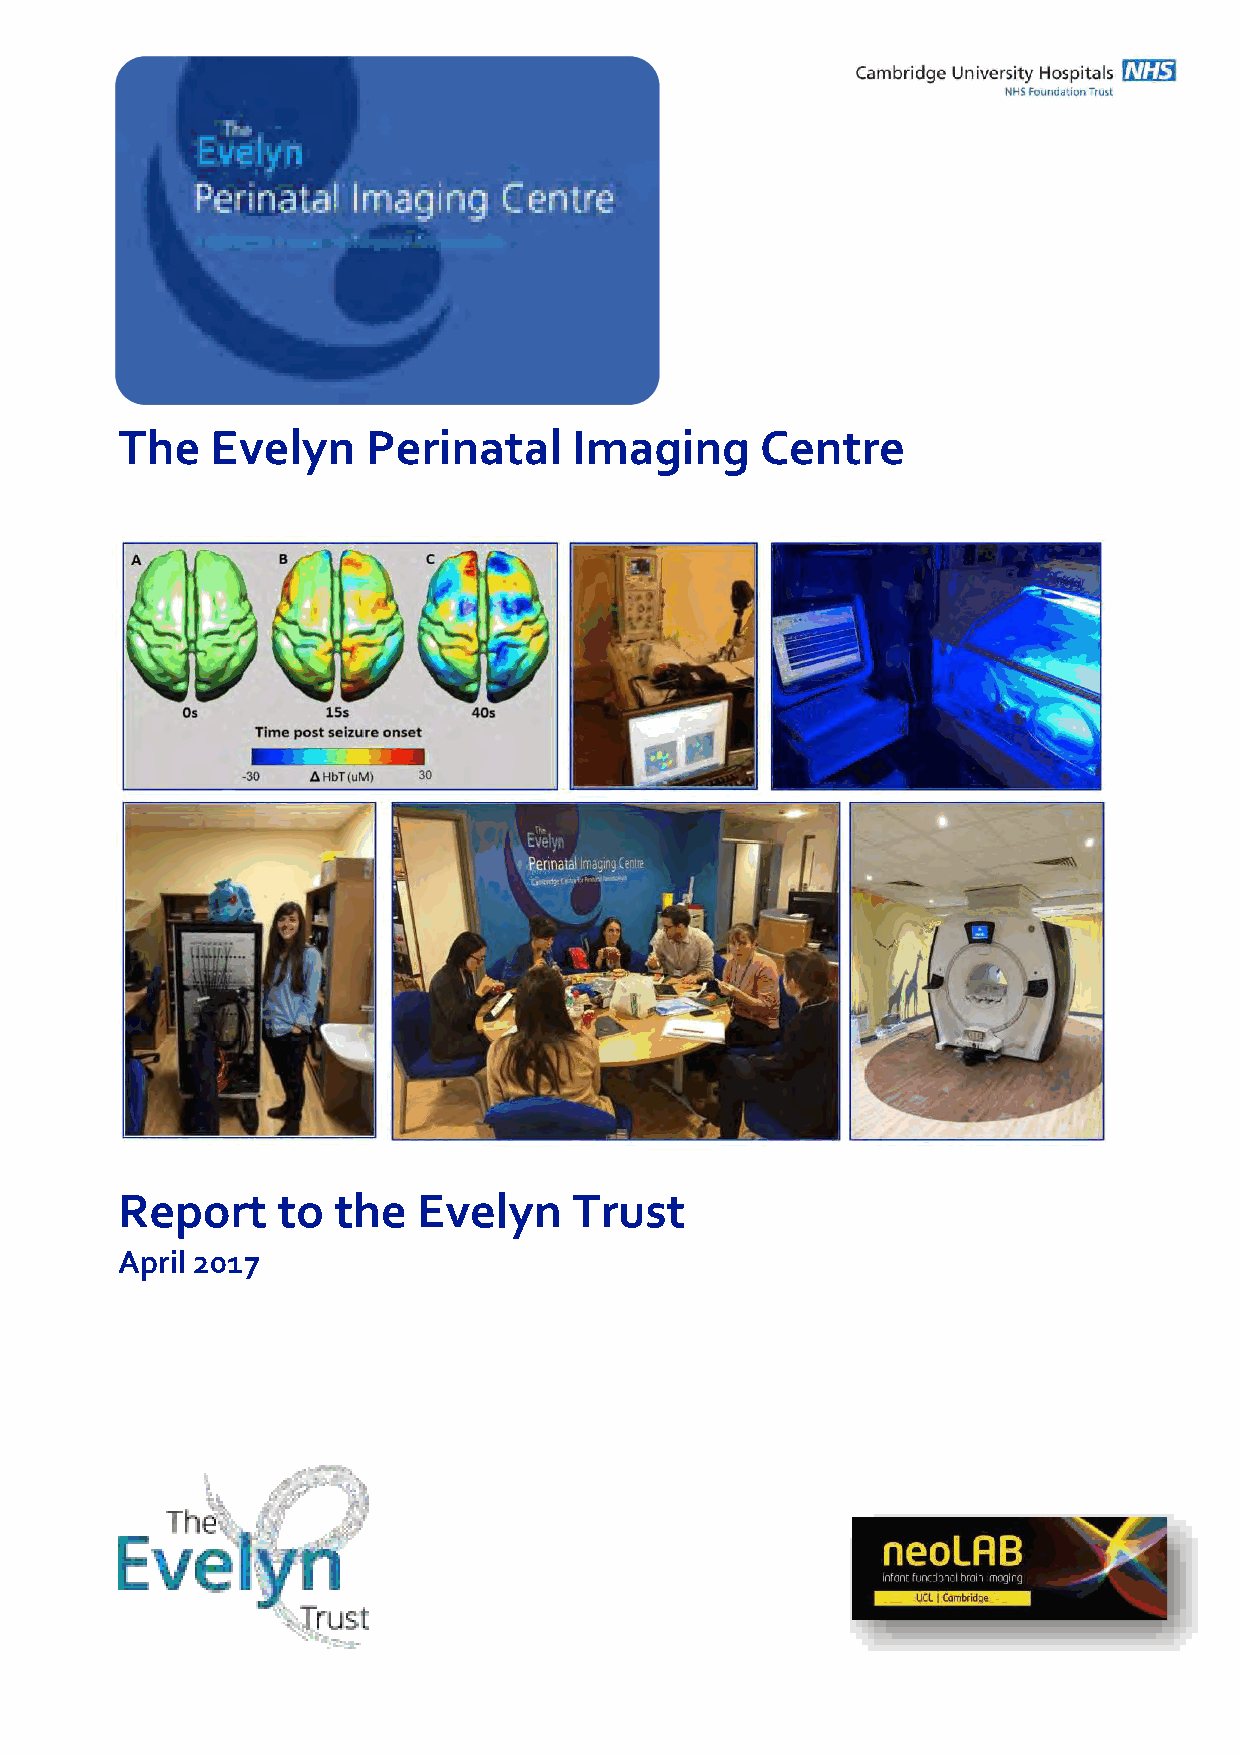
The   Evelyn    Perinatal     Imaging     Centre
 Report    to  the   Evelyn    Trust
 April 2017